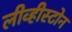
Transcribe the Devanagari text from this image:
लीव्हीस्टोन